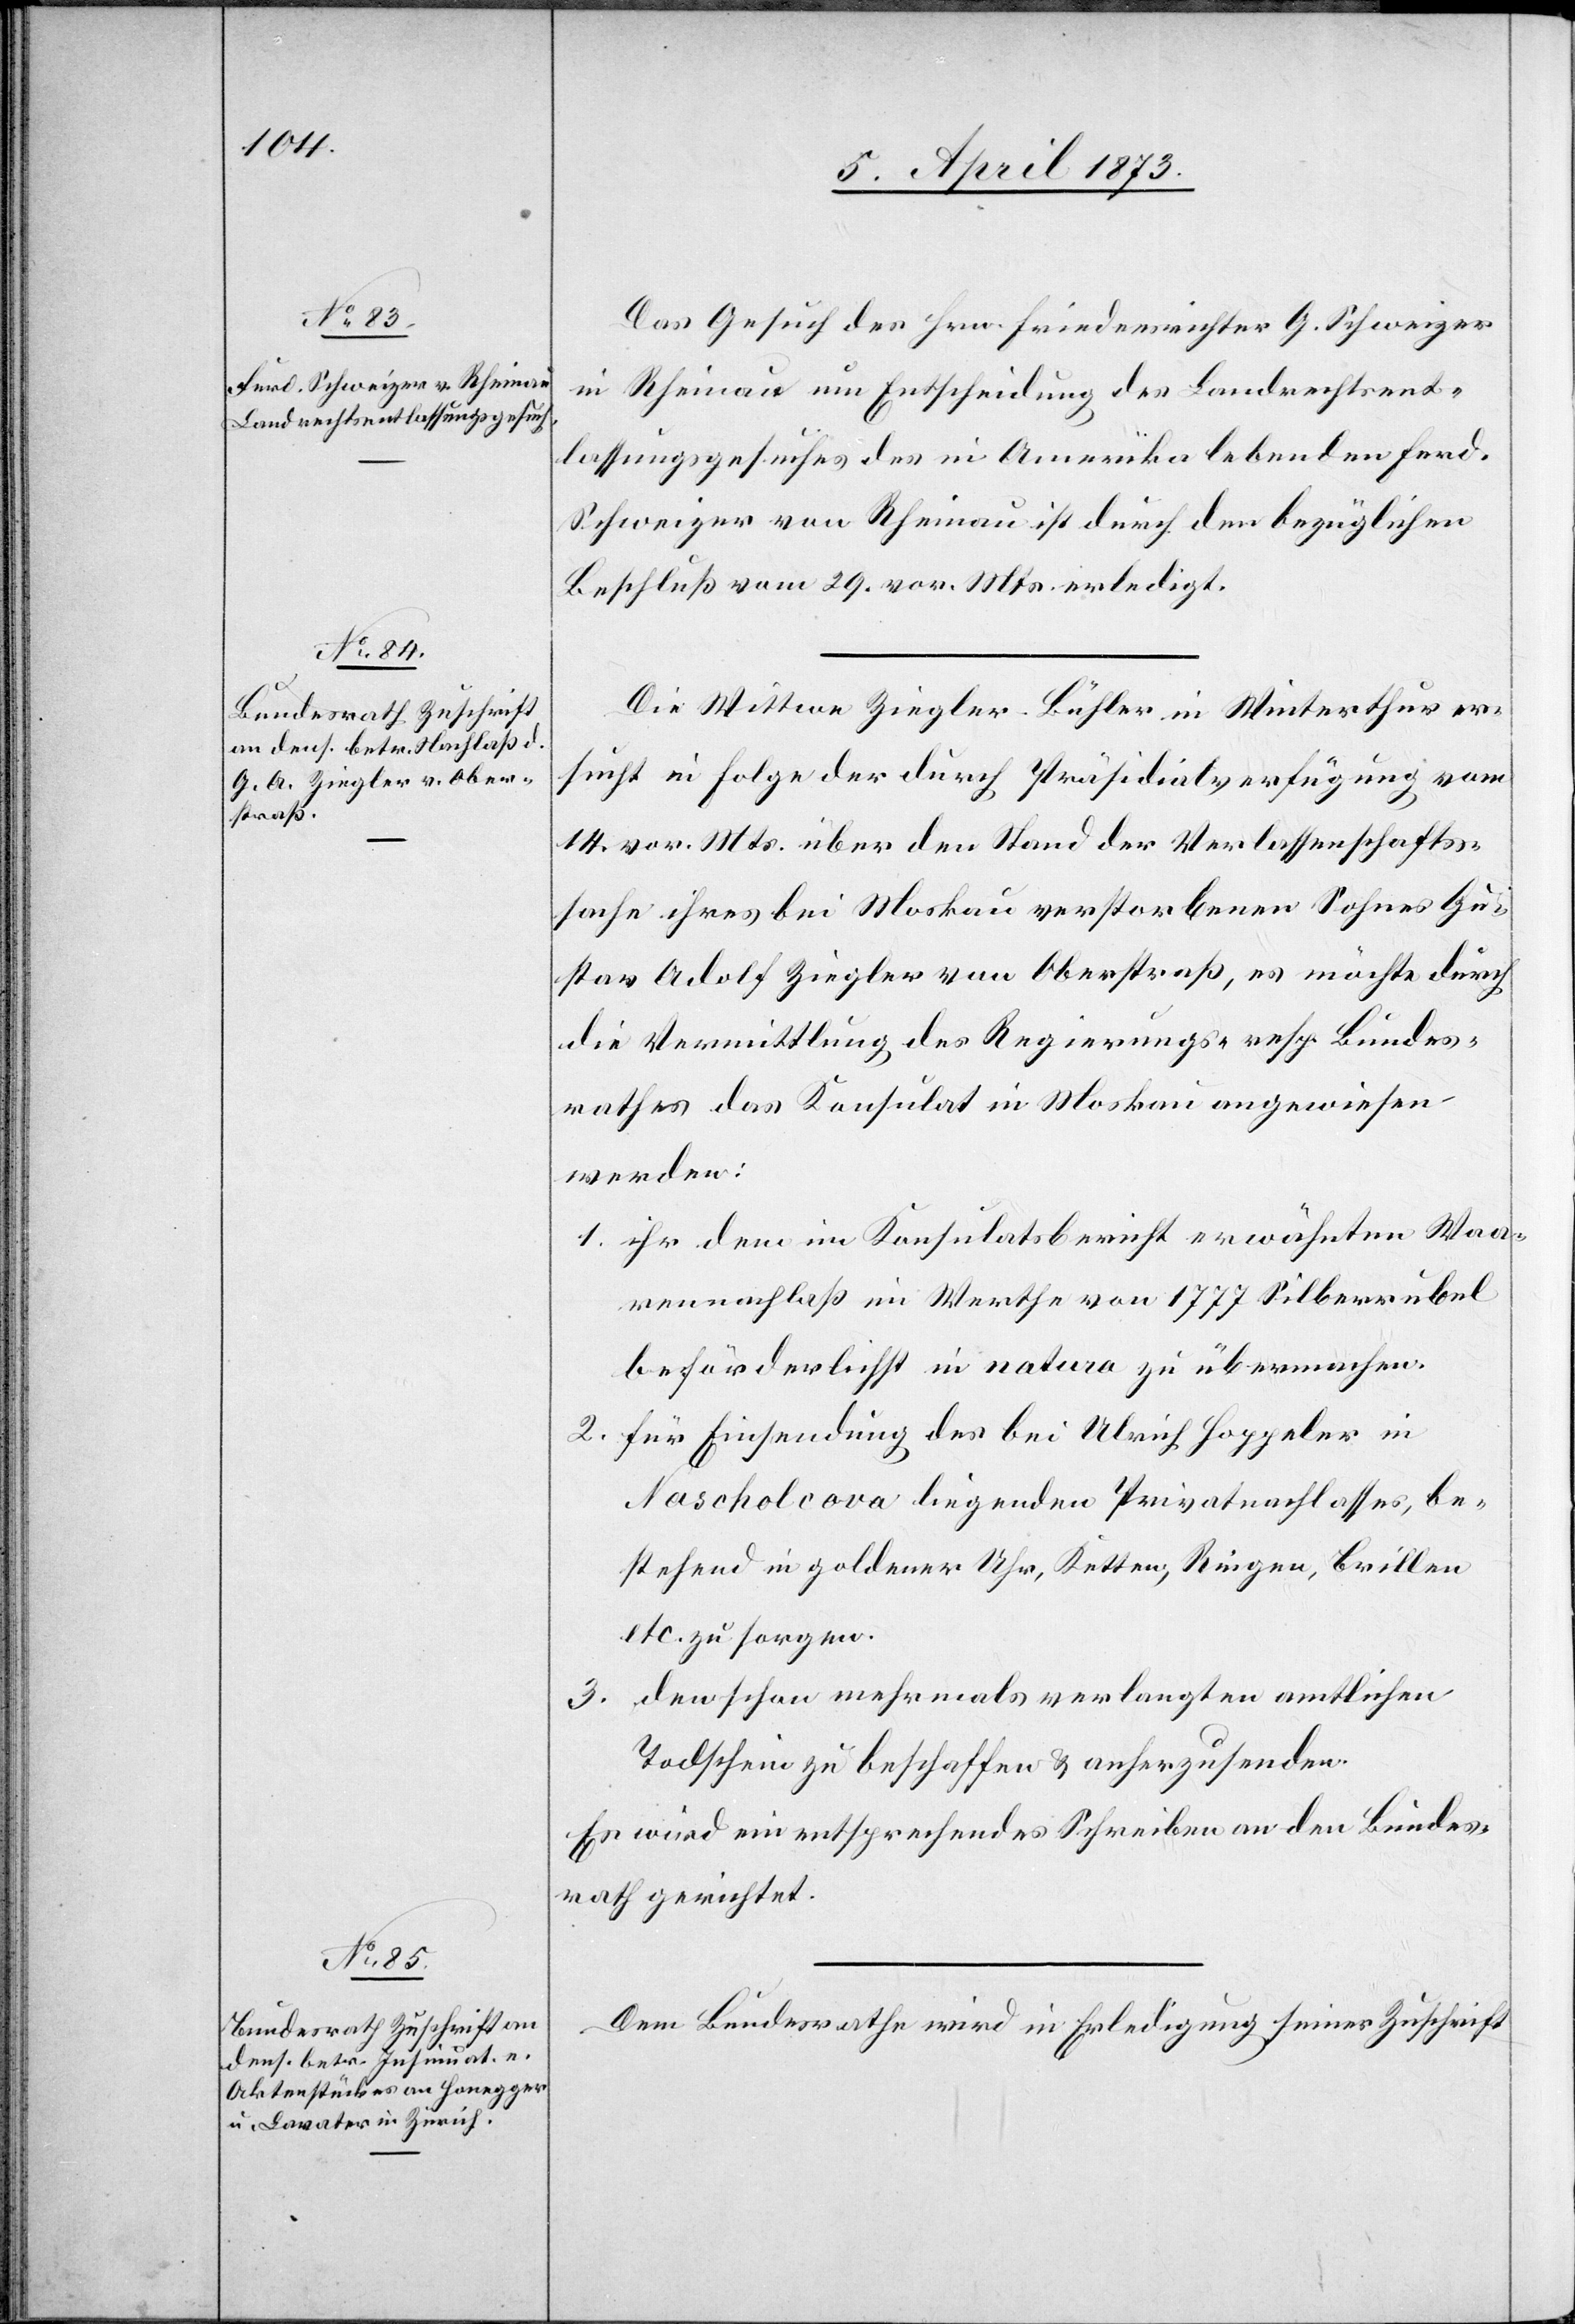
9. April 1873.]
Das Gesuch des Hrn. Friedensrichter G. Schweiger
in Rheinau um Entscheidung des Landrechtsent¬
lassungsgesuches des in Amerika lebenden Ferd.
Schweiger von Rheinau ist durch den bezüglichen
Beschluß vom 29. vor. Mts. erledigt.
Die Wittwe Ziegler-Bühler in Winterthur er¬
sucht in Folge der durch Präsidialverfügung vom
14. vor. Mts. über den Stand der Verlassenschafts¬
sache ihres bei Moskau verstorbenen Sohnes Gu¬
stav Adolf Ziegler von Oberstraß, es möchte durch
die Vermittlung des Regierungs- resp. Bundes¬
rathes das Konsulat in Moskau angewiesen
werden:
1. ihr den im Konsulatsbericht erwähnten Waa¬
rennachlaß im Werthe von 1777 Silberrubel
beförderlichst in natura zu übermachen.
2. für Einsendung des bei Ulrich Hoppeler in
Nascholcova liegenden Privatnachlasses, be¬
stehend in goldener Uhr, Kutten, Ringen, Brillen
etc. zu sorgen
3. den schon mehrmals verlangten amtlichen
Todschein zu beschaffen & anherzusenden.
Es wird ein entsprechendes Schreiben an den Bundes¬
rath gerichtet.
Dem Bundesrathe wird in Erledigung seiner Zuschrift